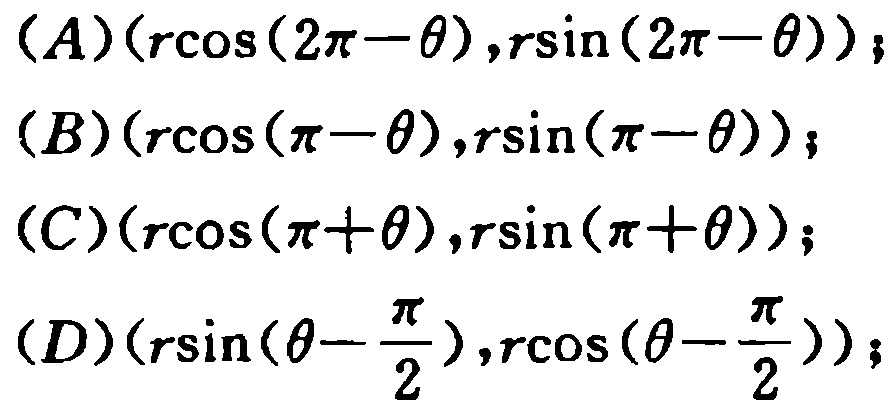
\((A)(r\cos(2\pi - \theta),r\sin(2\pi - \theta));\)

\((B)(r\cos(\pi - \theta),r\sin(\pi - \theta));\)

\((C)(r\cos(\pi + \theta),r\sin(\pi + \theta));\)

\((D)(r\sin(\theta - \frac{\pi}{2}),r\cos(\theta - \frac{\pi}{2}));\)